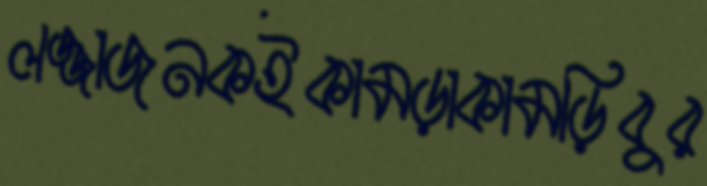
লজ্জাজনকইকামড়াকামড়িবুর